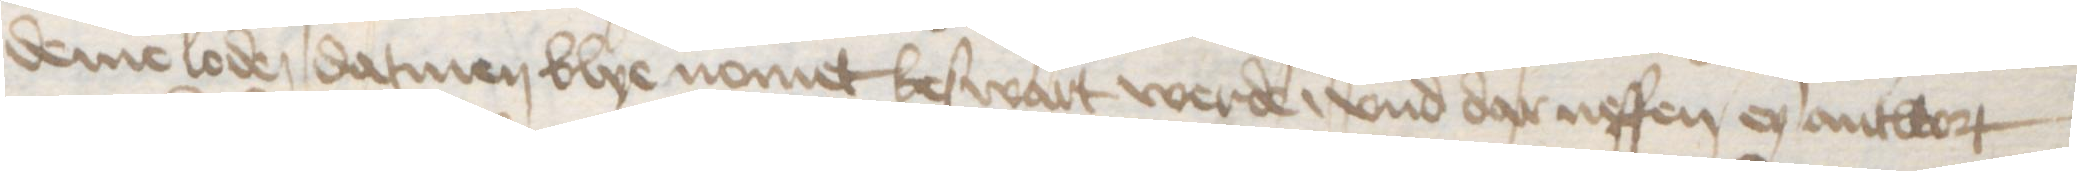
deme loden datmen blye nomet beswart werde, vnd dar neffen eyn antwort